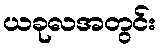
ယခုလအတွင်း